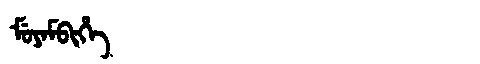
Manchu: ᠮᡠᠶᠠᠮᠪᡳᡥᡝ
Romanization: MUYAMBIHE